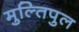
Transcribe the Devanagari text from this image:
मुल्तिपुल